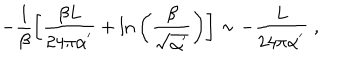
LaTeX: - \frac { 1 } { \beta } \left[ \frac { \beta L } { 2 4 \pi \alpha ^ { ' } } + \ln { \left( \frac { \beta } { \sqrt { \alpha ^ { ' } } } \right) } \right] \sim - \frac { L } { 2 4 \pi \alpha ^ { ' } } \; ,